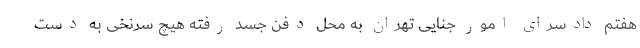
هفتم دادسرای امور جنایی تهران به محل دفن جسد رفته هیچ سرنخی به دست